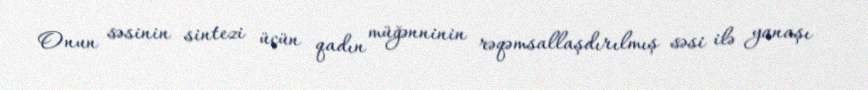
Onun səsinin sintezi üçün qadın müğənninin rəqəmsallaşdırılmış səsi ilə yanaşı